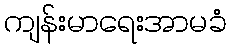
ကျန်းမာရေးအာမခံ